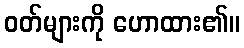
ဝတ်များကို ဟောထား၏။